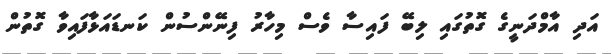
އަދި އާމްދަނީގެ ގޮތުގައި ލިބޭ ފައިސާ ވެސް މިހާރު ފިނޭންސުން ކަނޑައަޅާފައިވާ ގޮތުން